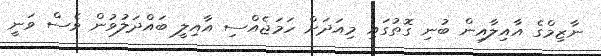
ނާޒިމްގެ އާއިލާއިން ބުނި ގޮތުގައި މިއަދަށް ހަމަޖެއްސި އާއިލީ ބައްދަލުވުން ވެސް ވަނީ